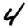
Digit: 4